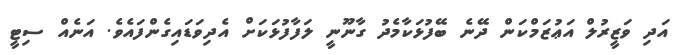
އަދި ވަޒީރުލް އަޢުޒަމްކަން ދޭނެ ބޭފުޅަކާމެދު ގާނޫނީ ލަފާފުޅަކަށް އެދިވަޑައިގެންފައެވެ. އަނެއް ސިޓީ